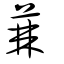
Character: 蕀